Vaccination in Bombay 1913-1923 - 1913-1923
Year: 1913
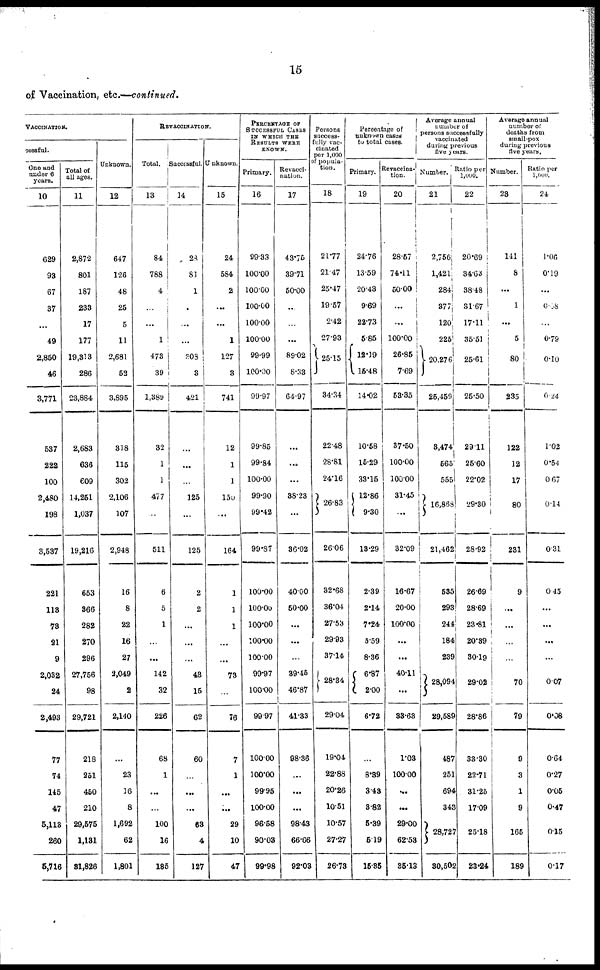
15
of Vaccination, etc.—continued.
VACCINATION.
cessful.
One and
under 6
years.
10
629
93
67
37
...
49
2,850
46
3,771
537
222
100
2,480
198
3,537
221
113
73
21
9
2,032
24
2,493
77
74
145
47
5,113
260
5,716
Total of
all ages.
11
2,872
801
187
233
17
177
19,313
286
23,884
2,683
636
609
14,251
1,037
19,216
653
366
282
270
296
27,756
98
29,721
218
251
450
210
29,575
1,131
31,826
Unknown.
12
647
126
48
25
5
11
2,681
52
3,895
318
115
302
2,106
107
2,948
16
8
22
16
27
3,049
2
2,140
...
23
16
8
1,692
62
1,801
REVACCINATION.
Total.
13
84
788
4
...
...
1
473
39
1,389
32
1
1
477
511
6
5
1
...
...
142
32
226
68
1
...
...
100
16
185
Successful.
14
28
81
1
...
...
...
308
3
421
...
...
...
125
125
2
2
...
...
...
43
15
62
60
...
...
...
63
4
127
Unknown.
15
24
584
2
...
...
1
127
3
741
12
1
1
150
...
164
1
1
1
...
...
73
...
76
7
1
...
...
29
10
47
PERCENTAGE OF
SUCCESSFUL CASES
IN WHICH THE
RESULTS WERE
KNOWN.
Primary.
16
99.33
100.00
100.00
100.00
100.00
100.00
99.99
100.00
99.97
99.85
99.84
100.00
99.90
99.42
99.87
100.00
100.00
100.00
100.00
100.00
99.97
100.00
99.97
100.00
100.00
99.95
100.00
96.58
90.03
99.98
Revacci¬
nation.
17
43.75
39.71
50.00
...
...
...
89.02
8.33
64.97
...
...
...
38.23
...
36.02
40.00
50.00
...
...
...
39.45
46.87
41.33
98.36
...
...
...
98.43
66.66
92.03
Persons
success-
fully vac-
cinated
per 1,000
of popula-
tion .
18
21.77
21.47
25.47
19.57
2.42
27.93
25.15
34.34
22.48
28.81
24.16
26.83
26.06
32.68
36.04
27.53
29.93
37.14
28.34
29.04
19.04
22.88
20.26
10.51
10.57
27.27
26.73
Percentage of
unknown cased
to total cases.
Primary.
19
24.76
13.59
20.43
9.69
22.73
5.85
12.19
15.48
14.02
10.58
15.29
33.15
12.86
9.30
13.29
2.39
2.14
7.24
5.59
8.36
6.87
2.00
6.72
...
8.89
3.43
3.82
5.39
5.19
15.35
Revaccina¬
tion.
20
28.57
74.11
50.00
...
...
100.00
26.85
7.69
53.35
37.50
100.00
100.00
31.45
...
32.09
16.67
20.00
100.00
...
...
40.11
...
33.63
1.03
100.00
...
...
29.00
62.53
35.13
Average annual
number of
persons successfully
vaccinated
during previous
five years.
Number.
21
2,756
1,421
284
377
120
225
20,276
25,459
3,474
565
555
16,868
21,462
535
293
244
184
239
28,094
29,589
487
251
694
343
28,727
30,502
Ratio per
1,000.
22
20.69
34.63
38.48
31.67
17.11
35.51
25.61
25.50
29.11
25.60
22.02
29.30
28.92
26.69
28.69
23.81
20.39
30.19
29.02
28.86
33.30
22.71
31.25
17.09
25.18
23.24
Average annual
number of
deaths from
small-pox
during previous
five years.
Number.
23
141
8
...
1
...
5
80
235
122
12
17
80
231
9
...
...
...
...
70
79
9
3
1
9
165
189
Ratio per
1,000.
24
1.06
0.19
...
0.38
...
0.79
0.10
0.24
1.02
0.54
0.67
0.14
0.31
0.45
...
...
...
...
0.07
0.08
0.64
0.27
0.05
0.47
0.15
0.17